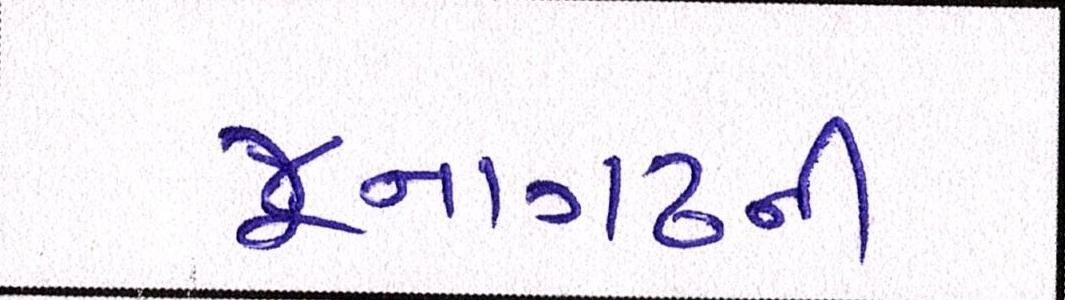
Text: જૂનાગઢની